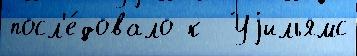
посл'е́довало к  Уjильямс